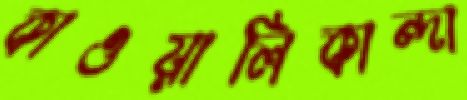
কাওয়ালিকান্দা